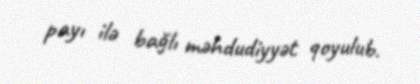
payı ilə bağlı məhdudiyyət qoyulub.